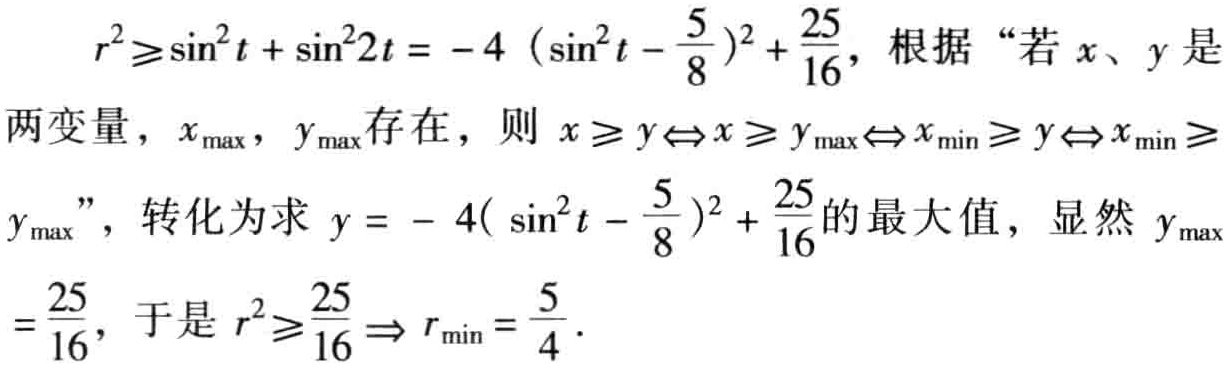
\[
\begin{align*}
r^{2}&\geqslant\sin^{2}t + \sin^{2}2t=-4\left(\sin^{2}t-\frac{5}{8}\right)^{2}+\frac{25}{16}，\text{根据“若}x、y\text{是}\\
&\text{两变量}，x_{\max}，y_{\max}\text{存在}，\text{则}x\geqslant y\Leftrightarrow x\geqslant y_{\max}\Leftrightarrow x_{\min}\geqslant y\Leftrightarrow x_{\min}\geqslant\\
&y_{\max}”，\text{转化为求}y = - 4\left(\sin^{2}t-\frac{5}{8}\right)^{2}+\frac{25}{16}\text{的最大值}，\text{显然}y_{\max}\\
&=\frac{25}{16}，\text{于是}r^{2}\geqslant\frac{25}{16}\Rightarrow r_{\min}=\frac{5}{4}．
\end{align*}
\]